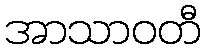
အာသာဝတီ